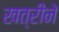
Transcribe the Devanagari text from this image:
खत्रीने